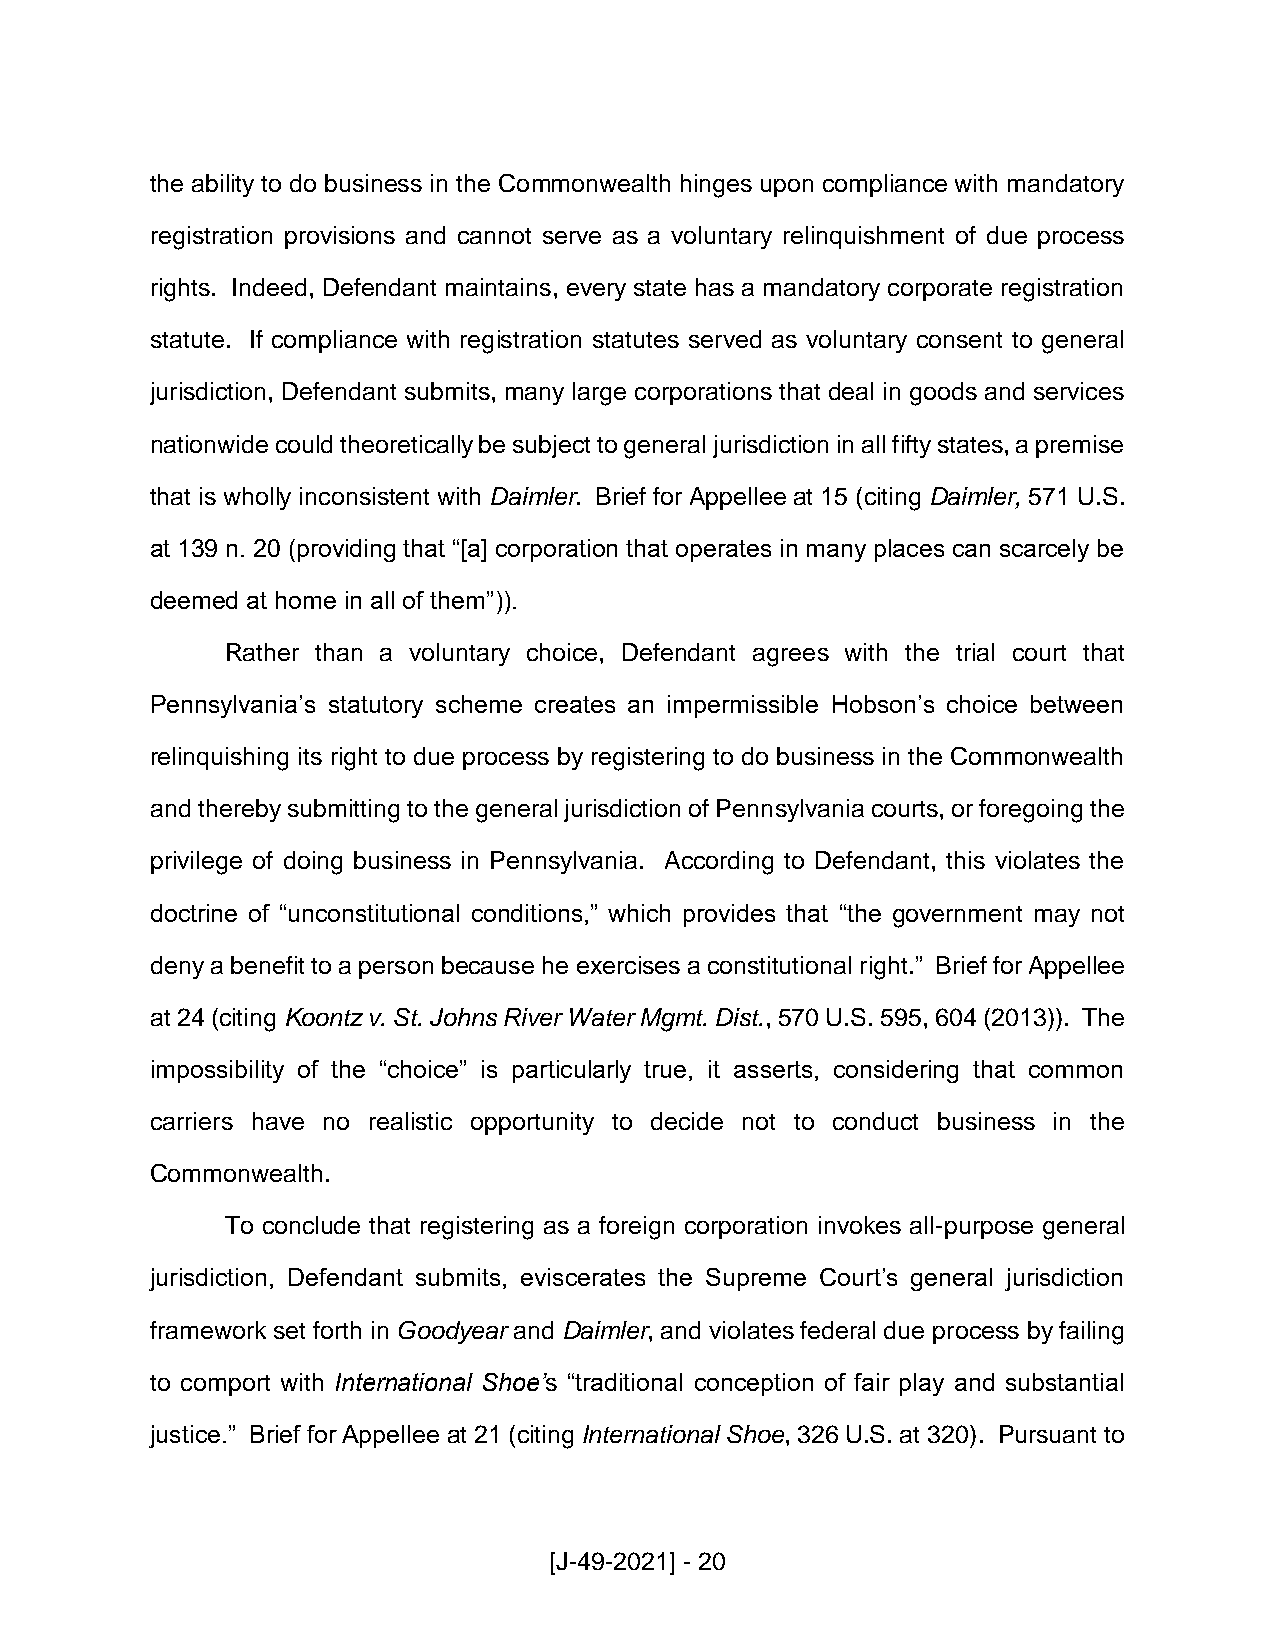
the ability to do business in the Commonwealth hinges upon compliance with mandatory
 registration provisions and cannot serve as a voluntary relinquishment of due process
 rights. Indeed, Defendant maintains, every state has a mandatory corporate registration
 statute. If compliance with registration statutes served as voluntary consent to general
 jurisdiction, Defendant submits, many large corporations that deal in goods and services
 nationwide could theoretically be subject to general jurisdiction in all fifty states, a premise
 that is wholly inconsistent with Daimler. Brief for Appellee at 15 (citing Daimler, 571 U.S.
 at 139 n. 20 (providing that “[a] corporation that operates in many places can scarcely be
 deemed at home in all of them”)).
 Rather than a voluntary choice, Defendant agrees with the trial court that
 Pennsylvania’s statutory scheme creates an impermissible Hobson’s choice between
 relinquishing its right to due process by registering to do business in the Commonwealth
 and thereby submitting to the general jurisdiction of Pennsylvania courts, or foregoing the
 privilege of doing business in Pennsylvania. According to Defendant, this violates the
 doctrine of “unconstitutional conditions,” which provides that “the government may not
 deny a benefit to a person because he exercises a constitutional right.” Brief for Appellee
 at 24 (citing Koontz v. St. Johns River Water Mgmt. Dist., 570 U.S. 595, 604 (2013)). The
 impossibility of the “choice” is particularly true, it asserts, considering that common
 carriers have no realistic opportunity to decide not to conduct business in the
 Commonwealth.
 To conclude that registering as a foreign corporation invokes all-purpose general
 jurisdiction, Defendant submits, eviscerates the Supreme Court’s general jurisdiction
 framework set forth in Goodyear and Daimler, and violates federal due process by failing
 to comport with International Shoe’s “traditional conception of fair play and substantial
 justice.” Brief for Appellee at 21 (citing International Shoe, 326 U.S. at 320). Pursuant to
 [J-49-2021] - 20